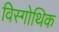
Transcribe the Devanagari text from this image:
विस्गोथिक